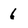
Character: 6